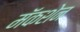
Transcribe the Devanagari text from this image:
मॅकशेन